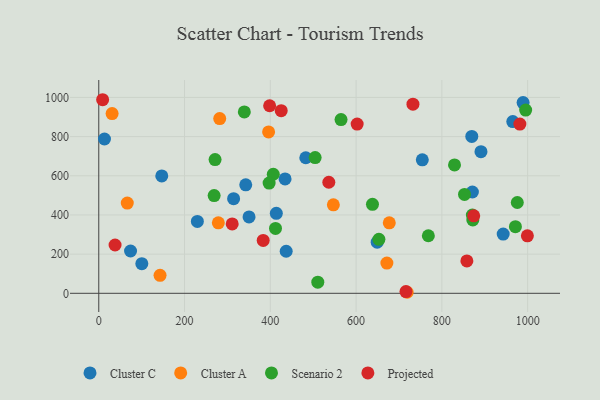
{"axis": {"x": "Ad Spend", "y": "Fuel Efficiency"}, "legend": ["Cluster A", "Cluster C", "Projected", "Scenario 2"], "data": [{"x": "350.4", "y": 390.2, "type": "Cluster C"}, {"x": "146.9", "y": 599.4, "type": "Cluster C"}, {"x": "414.0", "y": 408.6, "type": "Cluster C"}, {"x": "482.7", "y": 692.0, "type": "Cluster C"}, {"x": "342.7", "y": 554.0, "type": "Cluster C"}, {"x": "649.2", "y": 261.0, "type": "Cluster C"}, {"x": "100.4", "y": 151.5, "type": "Cluster C"}, {"x": "434.4", "y": 584.2, "type": "Cluster C"}, {"x": "314.4", "y": 483.1, "type": "Cluster C"}, {"x": "891.2", "y": 723.3, "type": "Cluster C"}, {"x": "754.4", "y": 681.6, "type": "Cluster C"}, {"x": "869.8", "y": 800.7, "type": "Cluster C"}, {"x": "965.4", "y": 876.8, "type": "Cluster C"}, {"x": "13.3", "y": 787.7, "type": "Cluster C"}, {"x": "871.2", "y": 517.2, "type": "Cluster C"}, {"x": "74.1", "y": 215.9, "type": "Cluster C"}, {"x": "989.4", "y": 974.0, "type": "Cluster C"}, {"x": "943.0", "y": 302.6, "type": "Cluster C"}, {"x": "437.0", "y": 214.7, "type": "Cluster C"}, {"x": "229.9", "y": 366.8, "type": "Cluster C"}, {"x": "282.0", "y": 892.3, "type": "Cluster A"}, {"x": "677.4", "y": 359.9, "type": "Cluster A"}, {"x": "142.9", "y": 91.8, "type": "Cluster A"}, {"x": "66.5", "y": 460.9, "type": "Cluster A"}, {"x": "671.8", "y": 154.4, "type": "Cluster A"}, {"x": "31.1", "y": 917.7, "type": "Cluster A"}, {"x": "396.0", "y": 823.9, "type": "Cluster A"}, {"x": "547.0", "y": 451.7, "type": "Cluster A"}, {"x": "278.8", "y": 359.7, "type": "Cluster A"}, {"x": "719.1", "y": 5.3, "type": "Cluster A"}, {"x": "768.5", "y": 293.8, "type": "Scenario 2"}, {"x": "406.9", "y": 607.8, "type": "Scenario 2"}, {"x": "339.4", "y": 925.8, "type": "Scenario 2"}, {"x": "971.5", "y": 340.4, "type": "Scenario 2"}, {"x": "829.5", "y": 655.4, "type": "Scenario 2"}, {"x": "852.8", "y": 504.7, "type": "Scenario 2"}, {"x": "638.2", "y": 454.3, "type": "Scenario 2"}, {"x": "564.9", "y": 887.2, "type": "Scenario 2"}, {"x": "872.2", "y": 374.2, "type": "Scenario 2"}, {"x": "995.4", "y": 935.4, "type": "Scenario 2"}, {"x": "975.9", "y": 463.6, "type": "Scenario 2"}, {"x": "397.2", "y": 563.0, "type": "Scenario 2"}, {"x": "504.5", "y": 693.2, "type": "Scenario 2"}, {"x": "653.2", "y": 275.4, "type": "Scenario 2"}, {"x": "271.2", "y": 682.6, "type": "Scenario 2"}, {"x": "269.0", "y": 499.0, "type": "Scenario 2"}, {"x": "871.1", "y": 399.6, "type": "Scenario 2"}, {"x": "412.1", "y": 331.5, "type": "Scenario 2"}, {"x": "510.7", "y": 57.0, "type": "Scenario 2"}, {"x": "858.3", "y": 165.5, "type": "Projected"}, {"x": "536.4", "y": 567.1, "type": "Projected"}, {"x": "383.4", "y": 270.0, "type": "Projected"}, {"x": "999.4", "y": 293.4, "type": "Projected"}, {"x": "716.3", "y": 8.8, "type": "Projected"}, {"x": "38.0", "y": 246.6, "type": "Projected"}, {"x": "9.0", "y": 988.3, "type": "Projected"}, {"x": "874.3", "y": 395.6, "type": "Projected"}, {"x": "732.6", "y": 965.5, "type": "Projected"}, {"x": "602.5", "y": 864.2, "type": "Projected"}, {"x": "311.1", "y": 354.3, "type": "Projected"}, {"x": "398.4", "y": 957.6, "type": "Projected"}, {"x": "981.9", "y": 863.9, "type": "Projected"}, {"x": "425.4", "y": 932.5, "type": "Projected"}]}